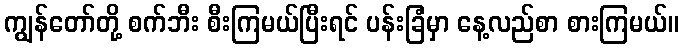
ကျွန်တော်တို့ စက်ဘီး စီးကြမယ်ပြီးရင် ပန်းခြံမှာ နေ့လည်စာ စားကြမယ်။